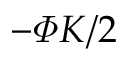
- \varPhi K / 2